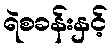
ရဲစခန်းနှင့်